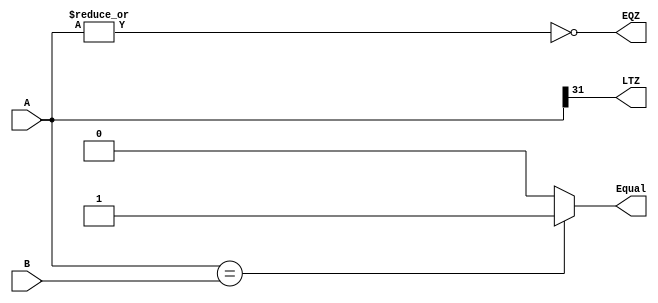
`timescale 1ns / 1ps
//////////////////////////////////////////////////////////////////////////////////
// Company: 
// Engineer: 
// 
// Design Name: 
// Module Name:    CMP 
// Project Name: 
// Target Devices: 
// Tool versions: 
// Description: 
//
// Dependencies: 
//
// Revision: 
// Revision 0.01 - File Created
// Additional Comments: 
//
//////////////////////////////////////////////////////////////////////////////////
module CMP(
    input [31:0] A,
    input [31:0] B,
    output Equal,
    output LTZ,
    output EQZ
    );

	assign Equal = (A == B) ? 1 : 0;
	assign LTZ = A[31];
	assign EQZ = ~(|A);

endmodule